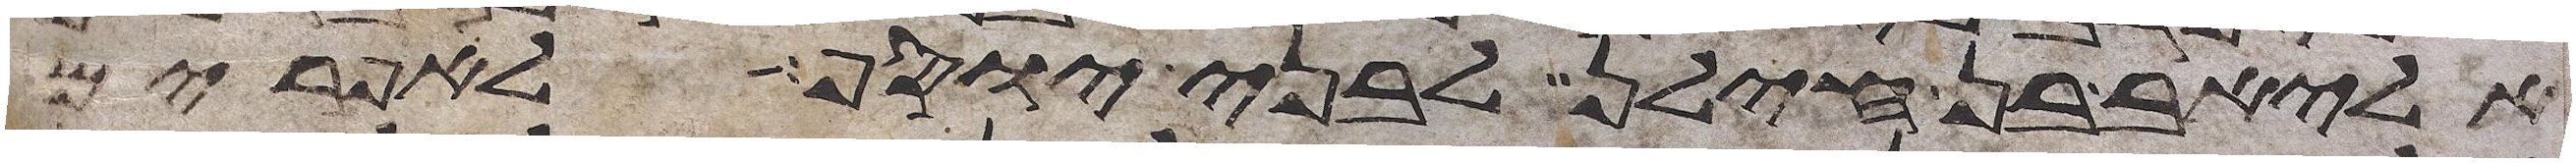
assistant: אליאב בן חילן לבני יוסף לאפרים